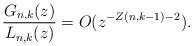
LaTeX: \begin{align*}\frac{G_{n,k}(z)}{L_{n,k}(z)}=O(z^{-Z(n,k-1)-2}).\end{align*}